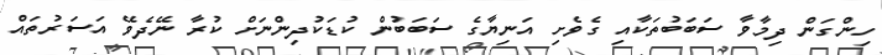
ހިންގަން ދިމާވާ ސަބަބުތަކާއި ގެވެށި އަނިޔާގެ ސަބަބުން ކުޑަކުދިންނަށް ކުރާ ނޭދެވޭ އަސަރުތައް